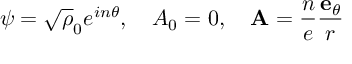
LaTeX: \psi = \sqrt \rho _ { 0 } e ^ { i n \theta } , \quad A _ { 0 } = 0 , \quad { \bf A } = \frac { n } { e } \frac { { \bf e } _ { \theta } } { r }